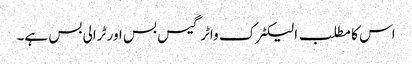
اس کا مطلب الیکٹرک واٹر گیس بس اور ٹرالی بس ہے۔